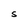
Character: S